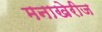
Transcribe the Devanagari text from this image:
मनाखेरीज